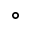
^ { \circ }